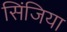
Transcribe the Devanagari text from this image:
सिंजिया